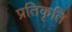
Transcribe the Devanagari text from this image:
प्रतिकृति